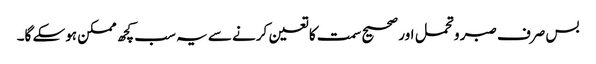
بس صرف صبر و تحمل اور صحیح سمت کا تعین کرنے سے یہ سب کچھ ممکن ہوسکے گا۔